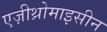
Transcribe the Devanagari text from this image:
एज़ीथ्रोमाइसीन